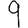
Digit: 9